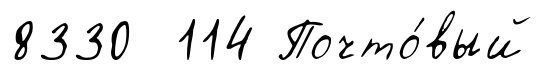
8330 114 Почто́вый